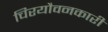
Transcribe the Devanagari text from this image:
चिरयौवनकारी